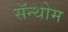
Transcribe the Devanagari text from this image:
सॅन्थोम